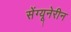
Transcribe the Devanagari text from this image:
सेंग्यूनेरीन